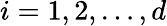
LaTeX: i=1,2,\ldots,d